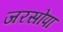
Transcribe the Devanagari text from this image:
जरसोपा